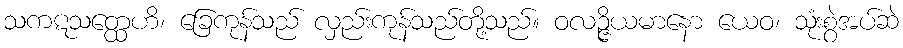
သကဋသတ္ထေဟိ၊ ခြေကုန်သည် လှည်းကုန်သည်တို့သည်။ ဝလဉ္ဇိယမာနော ယေဝ၊ သုံးစွဲအပ်ဆဲ